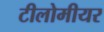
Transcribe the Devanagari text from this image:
टीलोमीयर